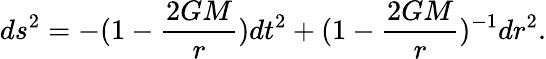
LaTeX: ds^{2}=-(1-\frac{2GM}{r})dt^{2}+(1-\frac{2GM}{r})^{-1}dr^{2}.